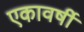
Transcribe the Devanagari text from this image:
एकावर्षी